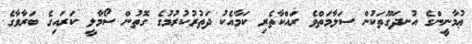
ޢުމާނީންގެ އުނދަގޫތަކުން ސަލާމަތްވެ ރައްކާާތެރި ކަމާއެކު ދަތުރުކުރުމުގެ ގޮތުން ސޯމާލީ ކަރައިގެ ބަރާވާގެ